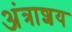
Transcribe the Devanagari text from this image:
अंत्राशय